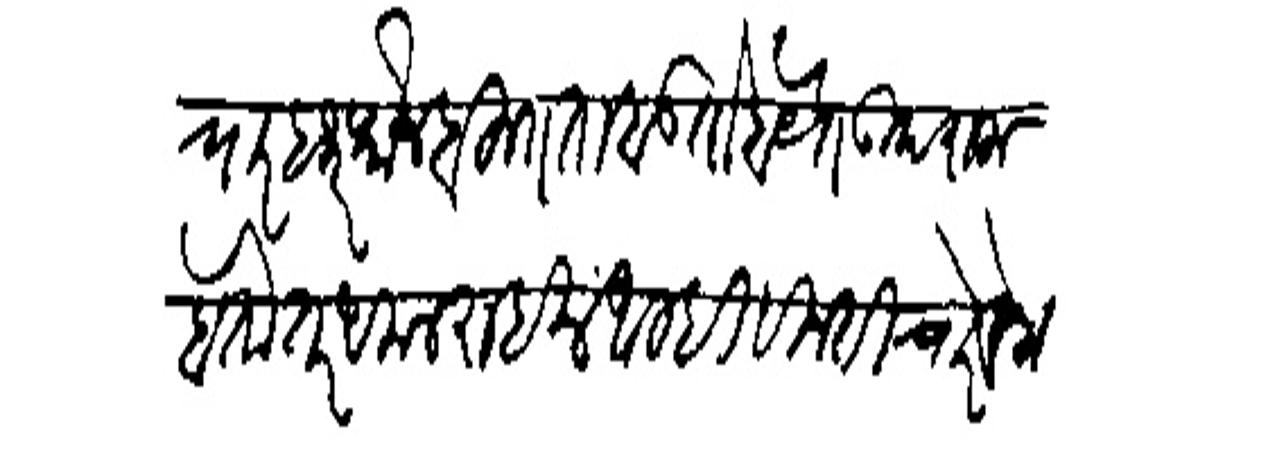
Transliteration (Devanagari): चार हजार फौज बहुत ताबडतोब येते उपराला होतो तर अमल राहील आम्ही विनंती चारे बेला